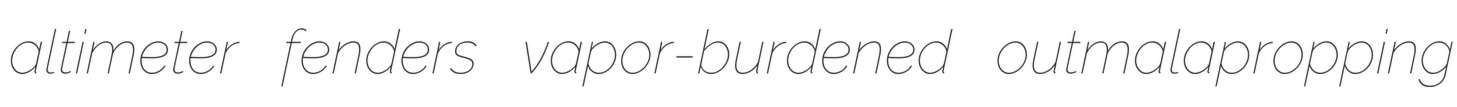
altimeter fenders vapor-burdened outmalapropping